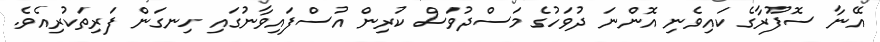
އޭނާ ސޮފޫރާގެ ކައިވެނި އޮންނަ ދުވަހުގެ މަސްދުވަސް ކުރިން އުސްފައިވާނުގައި ހިނގަން ފަރިތަކުރިއެވެ.